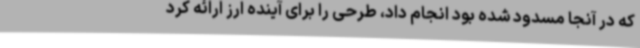
که در آنجا مسدود شده بود انجام داد، طرحی را برای آینده ارز ارائه کرد